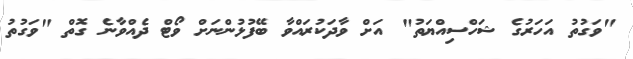
"ވަގުތު އަހަރުގެ ޝަހްސިއްޔަތު" އަށް ވާދަކުރައްވާ ބޭފުޅުންނަށް ވޯޓް ދެއްވާނެ ގޮތް "ވަގުތު